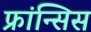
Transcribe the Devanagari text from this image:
फ्रांन्सिस